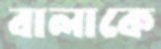
বালাকে